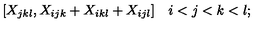
[ X _ { j k l } , X _ { i j k } + X _ { i k l } + X _ { i j l } ] \quad i < j < k < l ;